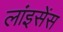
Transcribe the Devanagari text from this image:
लांइसेंस